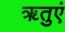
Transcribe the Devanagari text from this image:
ॠतुएं